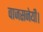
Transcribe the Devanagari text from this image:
वाजसनेयी।